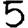
Digit: 5